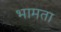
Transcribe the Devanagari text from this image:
भामता